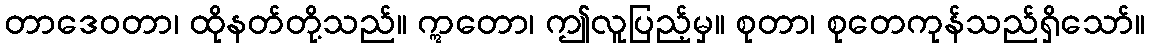
တာဒေဝတာ၊ ထိုနတ်တို့သည်။ ဣတော၊ ဤလူပြည့်မှ။ စုတာ၊ စုတေကုန်သည်ရှိသော်။